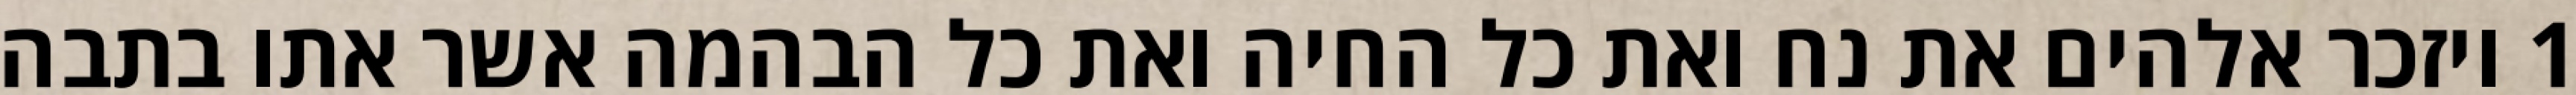
1 ויזכר אלהים את נח ואת כל החיה ואת כל הבהמה אשר אתו בתבה